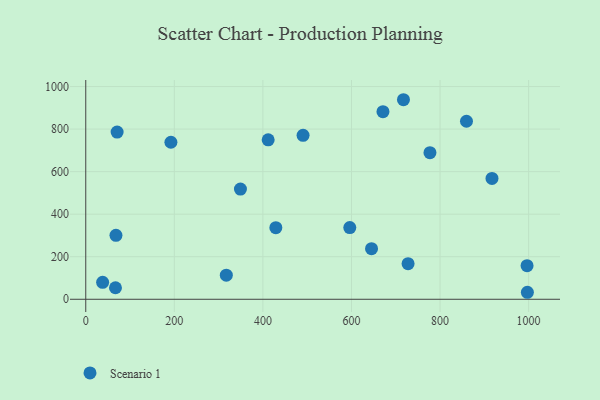
{"axis": {"x": "Investment", "y": "Exam Score"}, "legend": ["Scenario 1"], "data": [{"x": "192.3", "y": 738.2, "type": "Scenario 1"}, {"x": "68.2", "y": 300.4, "type": "Scenario 1"}, {"x": "349.3", "y": 518.0, "type": "Scenario 1"}, {"x": "317.4", "y": 113.1, "type": "Scenario 1"}, {"x": "411.9", "y": 749.8, "type": "Scenario 1"}, {"x": "996.5", "y": 157.9, "type": "Scenario 1"}, {"x": "671.1", "y": 881.8, "type": "Scenario 1"}, {"x": "777.2", "y": 689.4, "type": "Scenario 1"}, {"x": "490.7", "y": 770.7, "type": "Scenario 1"}, {"x": "727.8", "y": 167.5, "type": "Scenario 1"}, {"x": "70.8", "y": 785.8, "type": "Scenario 1"}, {"x": "997.2", "y": 32.9, "type": "Scenario 1"}, {"x": "67.1", "y": 54.1, "type": "Scenario 1"}, {"x": "429.2", "y": 336.5, "type": "Scenario 1"}, {"x": "645.3", "y": 237.8, "type": "Scenario 1"}, {"x": "38.1", "y": 79.8, "type": "Scenario 1"}, {"x": "717.4", "y": 938.1, "type": "Scenario 1"}, {"x": "917.3", "y": 568.0, "type": "Scenario 1"}, {"x": "859.7", "y": 837.0, "type": "Scenario 1"}, {"x": "596.2", "y": 336.9, "type": "Scenario 1"}]}